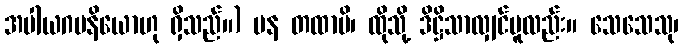
အပါယဂမနိယောဟု ရှိသည်။) ပန တထာပိ၊ ထိုသို့ ဒိဋ္ဌိသာလျှင်မူလည်း။ သေသေသု၊